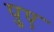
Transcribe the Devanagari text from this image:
पुए